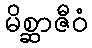
မိစ္ဆာဇီဝံ